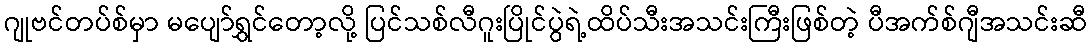
ဂျုဗင်တပ်စ်မှာ မပျော်ရွှင်တော့လို့ ပြင်သစ်လီဂူးပြိုင်ပွဲရဲ့ထိပ်သီးအသင်းကြီးဖြစ်တဲ့ ပီအက်စ်ဂျီအသင်းဆီ